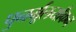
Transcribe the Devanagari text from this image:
पुनर्मूलयाँकन